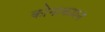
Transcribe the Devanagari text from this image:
कोनाकमन